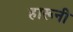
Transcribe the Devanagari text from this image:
हारूनी